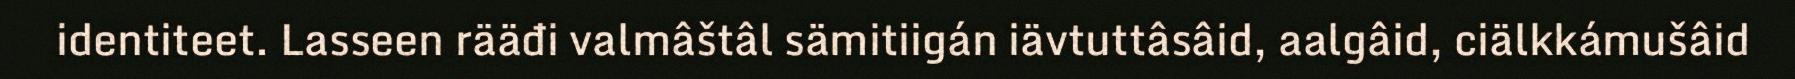
identiteet. Lasseen rääđi valmâštâl sämitiigán iävtuttâsâid, aalgâid, ciälkkámušâid